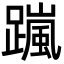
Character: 𨅏